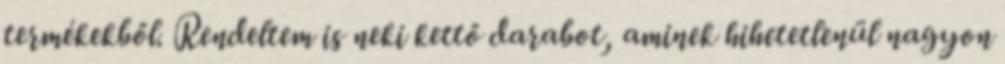
termékekből. Rendeltem is neki kettő darabot, aminek hihetetlenül nagyon